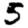
Digit: 5